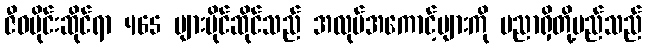
ဇီဝပိုင်းဆိုင်ရာ 465 များပိုင်ဆိုင်သည် အလုပ်အကောင့်များကို ပညာရှိတို့မည်သည်